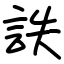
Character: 詄